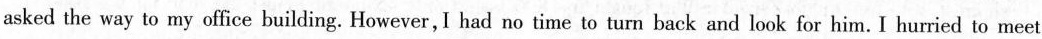
asked the way to my office building. However,I had no time to turn back and look for him. I hurried to meet